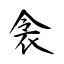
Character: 衾